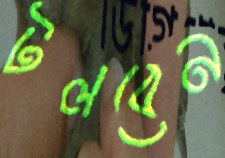
টলবেন